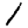
Digit: 1